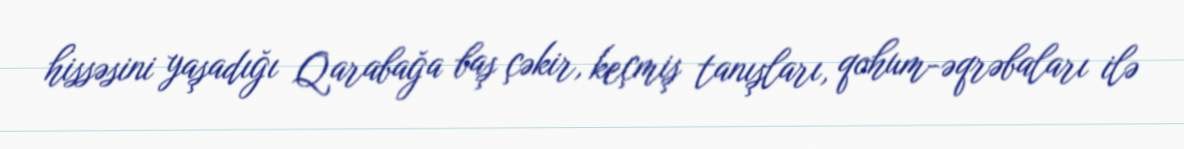
hissəsini yaşadığı Qarabağa baş çəkir, keçmiş tanışları, qohum-əqrəbaları ilə